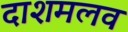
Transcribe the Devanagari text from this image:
दाशमलव